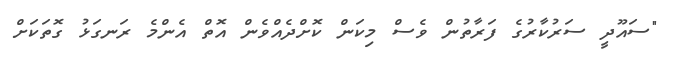
"ސައޫދީ ސަރުކާރުގެ ފަރާތުން ވެސް މިކަން ކޮށްދެއްވެން އޮތް އެންމެ ރަނގަޅު ގޮތަކަށް